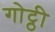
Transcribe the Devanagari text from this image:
गोट्ठी